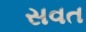
સવત